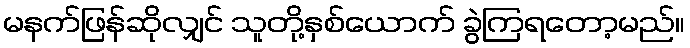
မနက်ဖြန်ဆိုလျှင် သူတို့နှစ်ယောက် ခွဲကြရတော့မည်။